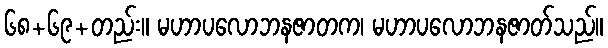
၆၈+၆၉+တည်း။ မဟာပလောဘနဇာတက၊ မဟာပလောဘနဇာတ်သည်။